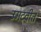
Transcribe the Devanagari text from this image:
उमटवीत